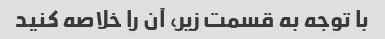
با توجه به قسمت زیر، آن را خلاصه کنید